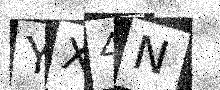
Text: YX4N